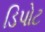
ડિપોટ